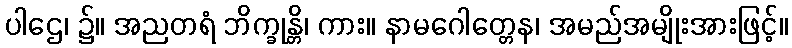
ပါဌေ၊ ၌။ အညတရံ ဘိက္ခုန္တိ၊ ကား။ နာမဂေါတ္တေန၊ အမည်အမျိုးအားဖြင့်။